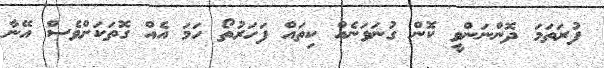
ފުރަތަމަ ދޮންނަންވީ ކޮން ގުނަވަނެއް ކިތައް ފަހަރުތޯ ހަމަ އެއް ގޮތަކަށްވެސް އޭނާ